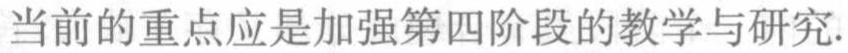
当前的重点应是加强第四阶段的教学与研究.